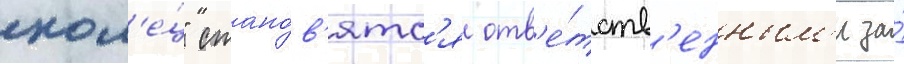
кол'е́ц" стано́в'ятс'я отв'е́тств'енным'и за́